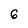
Character: 6